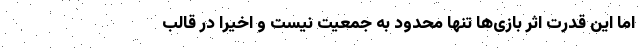
اما این قدرت اثر بازی‌ها تنها محدود به جمعیت نیست و اخیرا در قالب